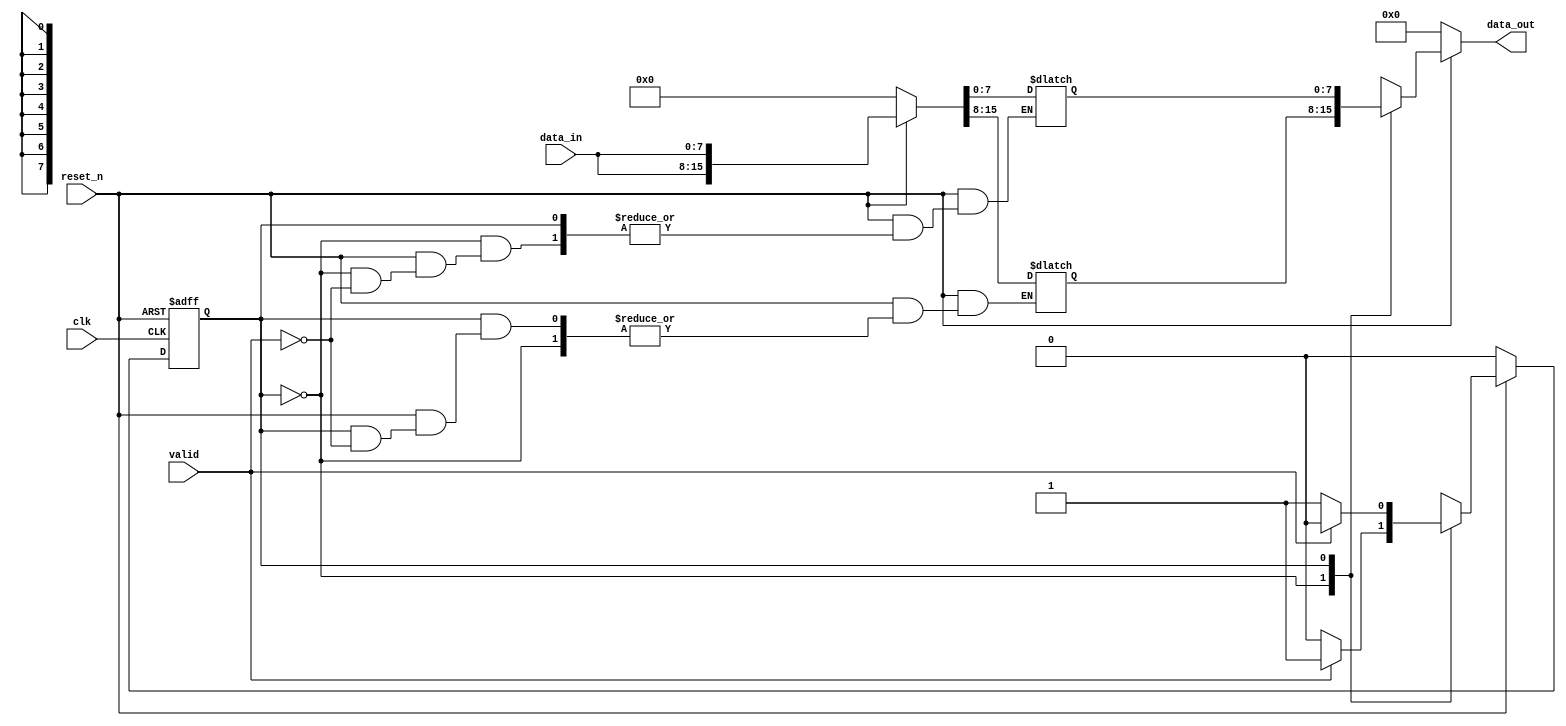
module pingpong #(
	parameter width = 8
)(
	input clk, reset_n, valid,
	input [width-1:0] data_in,
	output reg [width-1:0] data_out
);

reg [2*width-1:0] buffer;
reg state, state_next;

always@(posedge clk or negedge reset_n) begin
	if (!reset_n) begin
		state = 0;
	end
	else begin
		state = state_next;
	end
end

always@(*) begin
	if(!reset_n) begin 
		buffer = 'b0;
		data_out = 'b0;
		state_next = 1'b0;
	end
	else begin
		state_next = state;
		data_out = 'b0;
		case(state)
			1'b0: begin
				data_out = buffer[2*width-1:width];
				if (valid) begin
					buffer[width-1:0] = data_in;
					state_next = 1'b1;
				end
			end
			1'b1: begin
				data_out = buffer[width-1:0];
				if (valid) begin
					buffer[2*width-1:width] = data_in;
					state_next = 1'b0;
				end
			end
		endcase
	end
end

endmodule